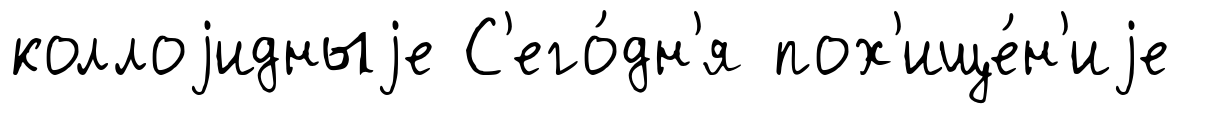
коллоjидныjе С'его́дн'я пох'ище́н'иjе